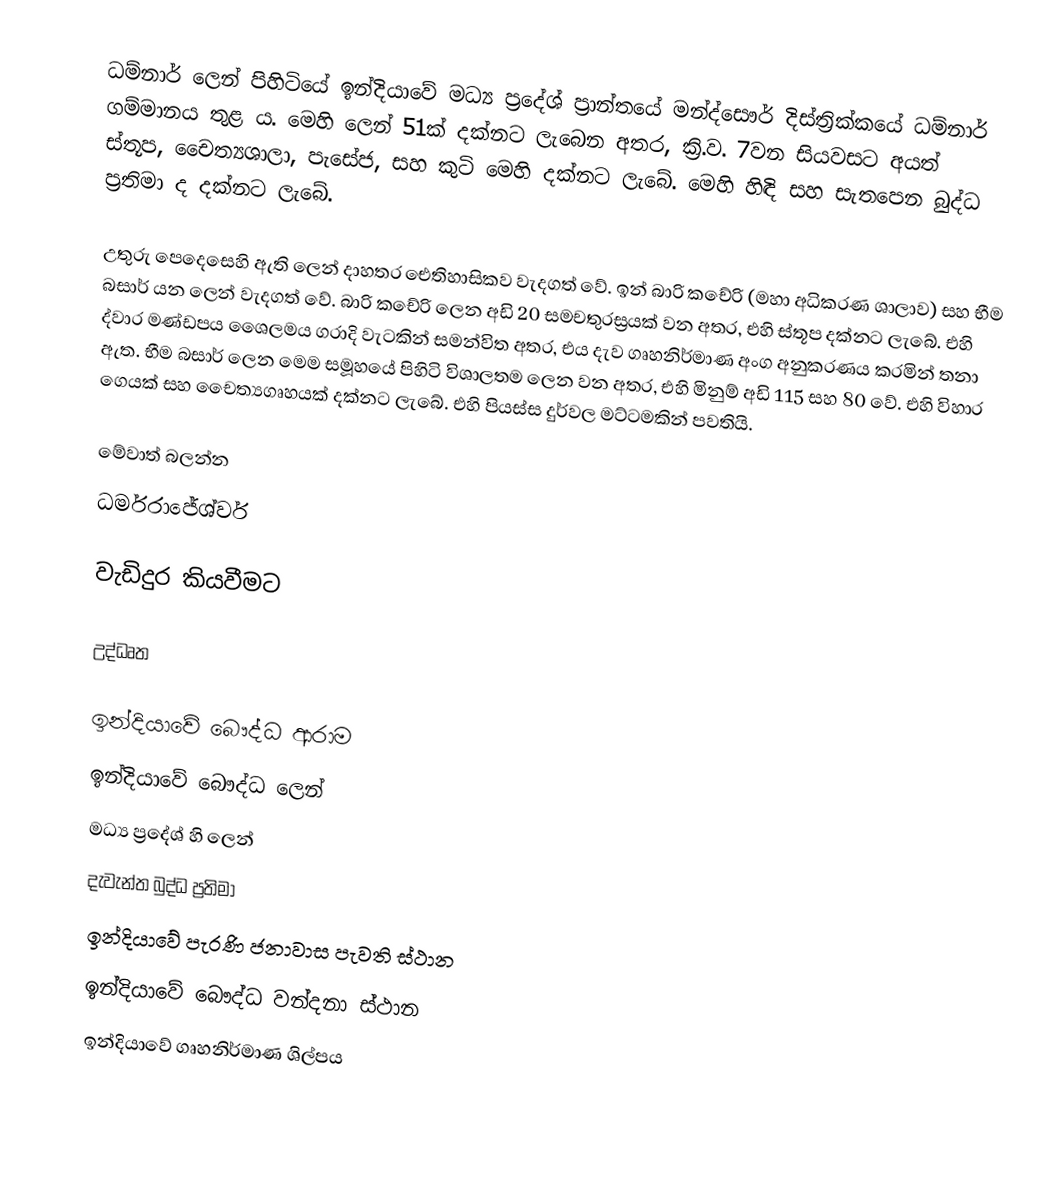
ධම්නාර් ලෙන් පිහිටියේ ඉන්දියාවේ මධ්‍ය ප්‍රදේශ් ප්‍රාන්තයේ මන්ද්සෞර් දිස්ත්‍රික්කයේ ධම්නාර් ගම්මානය තුළ ය. මෙහි ලෙන් 51ක් දක්නට ලැබෙන අතර, ක්‍රි.ව. 7වන සියවසට අයත් ස්තූප, චෛත්‍යශාලා, පැසේජ, සහ කුටි මෙහි දක්නට ලැබේ. මෙහි හිඳි සහ සැතපෙන බුද්ධ ප්‍රතිමා ද දක්නට ලැබේ.

උතුරු පෙදෙසෙහි ඇති ලෙන් දාහතර ඓතිහාසිකව වැදගත් වේ. ඉන් බාරි කචේරි (මහා අධිකරණ ශාලාව) සහ භීම බසාර් ‍යන ලෙන් වැදගත් වේ. බාරි කචේරි ලෙන අඩි 20 සමචතුරස්‍රයක් වන අතර, එහි ස්තූප දක්නට ලැබේ. එහි ද්වාර මණ්ඩපය ශෛලමය ගරාදි වැටකින් සමන්විත අතර, එය දැව ගෘහනිර්මාණ අංග අනුකරණය කරමින් තනා ඇත. භීම බසාර් ලෙන මෙම සමූහයේ පිහිටි විශාලතම ලෙන වන අතර, එහි මිනුම්  අඩි 115 සහ 80 වේ. එහි විහාර ගෙයක් සහ චෛත්‍යගෘහයක් දක්නට ලැබේ.  එහි පියස්ස දුර්වල මට්ටමකින් පවතියි.

මේවාත් බලන්න
ධර්මරාජේශ්වර්

වැඩිදුර කියවීමට

උද්ධෘත

ඉන්දියාවේ බෞද්ධ ආරාම
ඉන්දියාවේ බෞද්ධ ලෙන්
මධ්‍ය ප්‍රදේශ් හි ලෙන්
දැවැන්ත බුද්ධ ප්‍රතිමා
ඉන්දියාවේ පැරණි ජනාවාස පැවති ස්ථාන
ඉන්දියාවේ බෞද්ධ වන්දනා ස්ථාන
ඉන්දියාවේ ගෘහනිර්මාණ ශිල්පය